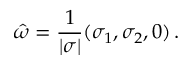
\boldsymbol { \hat { \omega } } = \frac { 1 } { | \boldsymbol { \sigma } | } ( \sigma _ { 1 } , \sigma _ { 2 } , 0 ) \, .